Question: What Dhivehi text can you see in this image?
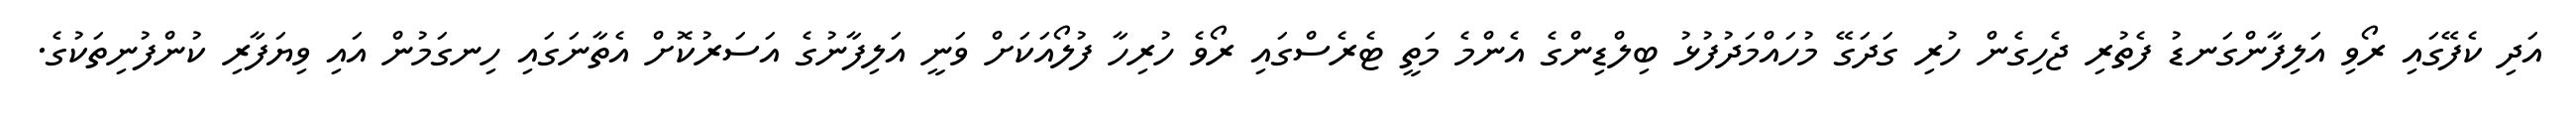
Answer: އަދި ކެފޭގައި ރޯވި އަލިފާންގަނޑު ފެތުރި ޖެހިގެން ހުރި ގަދަގޭ މުހައްމަދުފުޅު ބިލްޑިންގެ އެންމެ މަތީ ޓެރެސްގައި ރޯވެ ހުރިހާ ފުލޯއަކަށް ވަނީ އަލިފާނުގެ އަސަރުކޮށް އެތާނަގައި ހިނގަމުން އައި ވިޔަފާރި ކުންފުނިތަކުގެ.